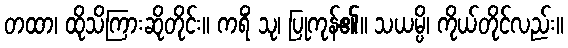
တထာ၊ ထိုသိကြားဆိုတိုင်း။ ကရိံ သု၊ ပြုကုန်၏။ သယမ္ပိ၊ ကိုယ်တိုင်လည်း။